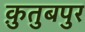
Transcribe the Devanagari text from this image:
क़ुतुबपुर